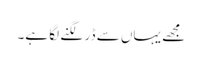
مجھے یہاں سے ڈر لگنے لگا ہے۔